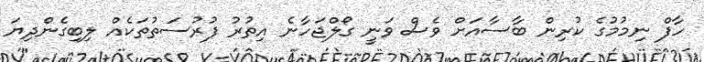
ހާފް ނިމުމުގެ ކުރިން ބާސާއަށް ވެސް ވަނީ ގޯލްޖަހާނެ އިތުރު ފުރުސަތުތަކެއް ލިބިގެންދިޔަ